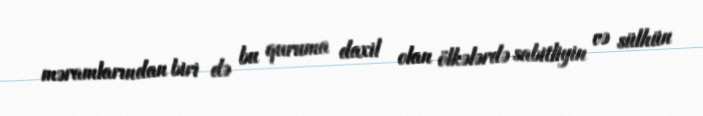
məramlarından biri də bu quruma daxil olan ölkələrdə sabitliyin və sülhün